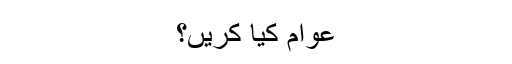
عوام کیا کریں؟